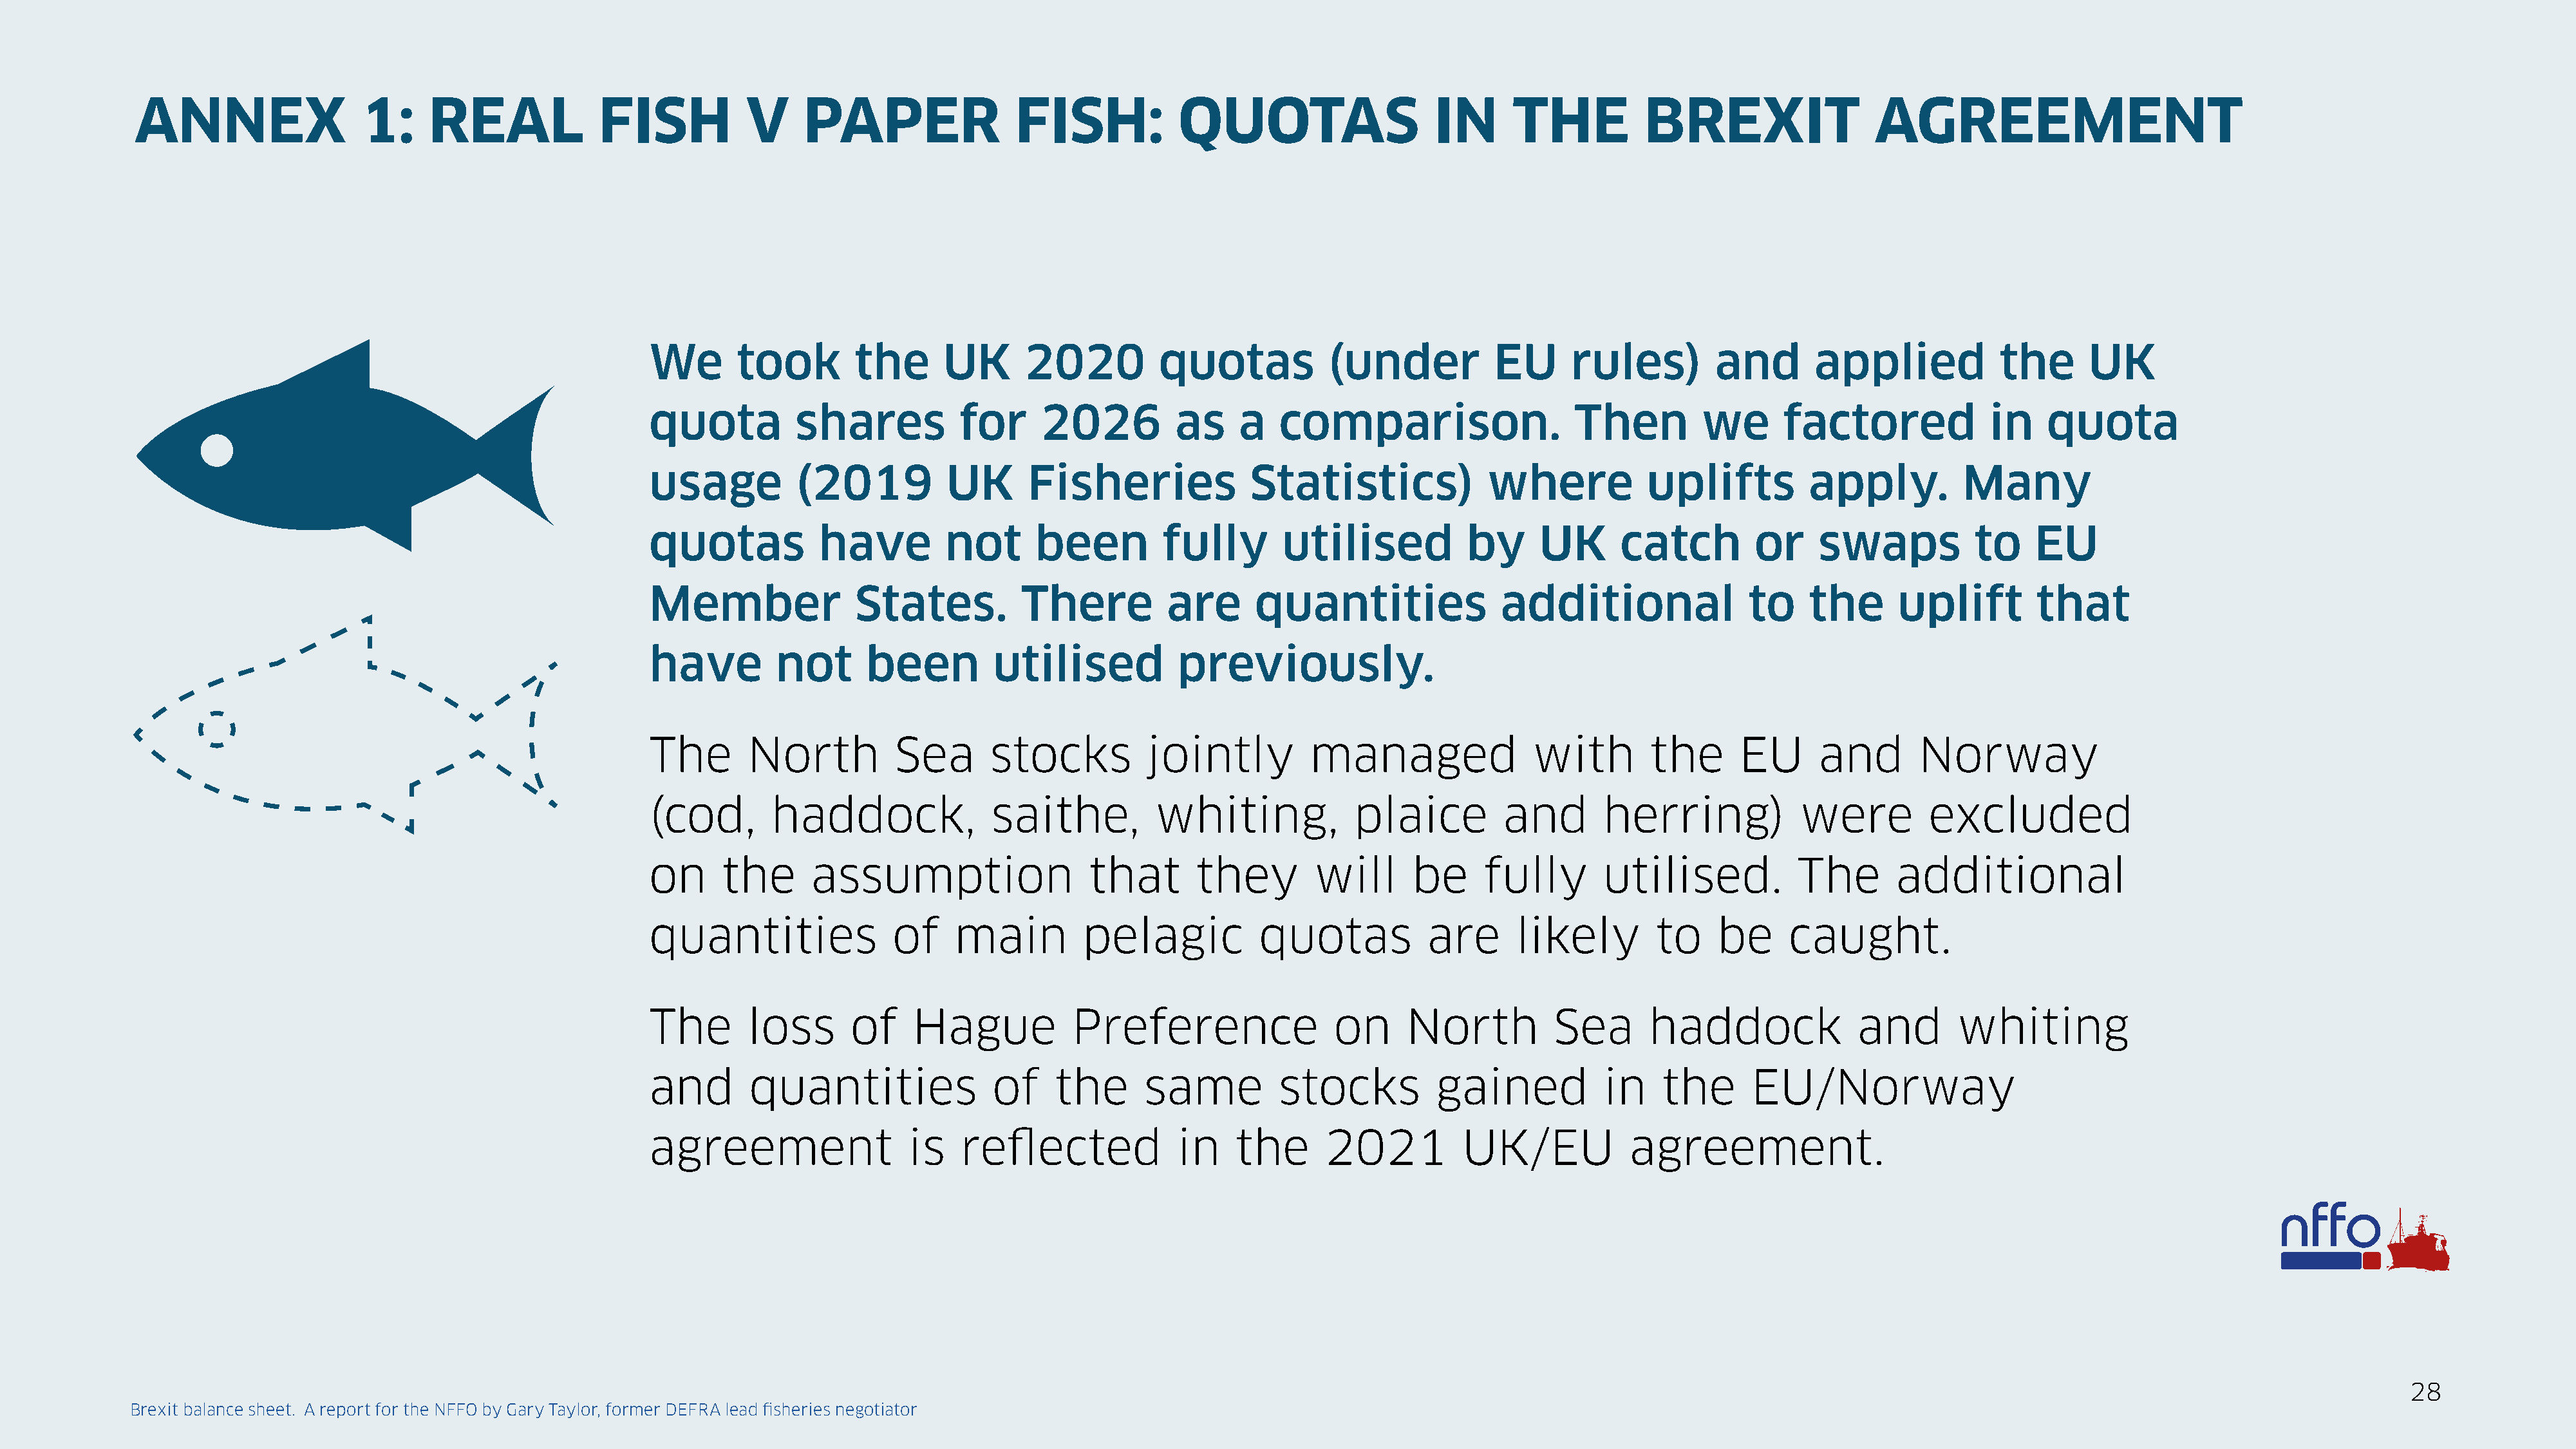
ANNEX                  1:     REAL             FISH            V     PAPER                FISH:            QUOTAS                    IN      THE           BREXIT                  AGREEMENT
 We       took        the      UK      2020          quotas            (under           EU     rules)         and        applied            the      UK
 quota          shares           for     2026          as    a   comparison.                    Then         we      factored              in   quota
 usage          (2019          UK       Fisheries             Statistics)              where           uplifts          apply.          Many
 quotas           have         not      been         fully        utilised           by     UK       catch        or     swaps           to    EU
 Member               States.          There          are      quantities               additional                to    the      uplift        that
 have         not      been         utilised           previously.
 The       North          Sea       stocks          jointly          managed                with        the      EU      and       Norway
 (cod,       haddock,               saithe,          whiting,            plaice          and       herring)            were         excluded
 on     the      assumption                   that       they        will      be     fully        utilised.           The       additional
 quantities               of    main         pelagic           quotas            are      likely        to     be     caught.
 The       loss      of     Hague           Preference                 on      North          Sea      haddock               and       whiting
 and       quantities               of    the       same         stocks           gained           in    the      EU/Norway
 agreement                 is    reflected             in    the      2021          UK/EU            agreement.
 28
 Brexit balance sheet. A report for the NFFO by Gary Taylor, former DEFRA lead fisheries negotiator